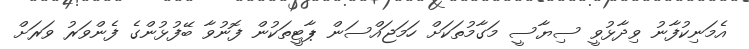
އެމަނިކުފާނު ވިދާޅުވީ ސިޔާސީ މަގާމުތަކަށް ހަމަޖައްސަން ޕާޓީތަކުން ފޮނުވާ ބޭފުޅުންގެ ފެންވަރު ވަރަށް